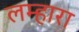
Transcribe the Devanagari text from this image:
लम्हारा